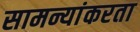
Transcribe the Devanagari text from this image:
सामन्यांकरता